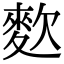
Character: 𪌒